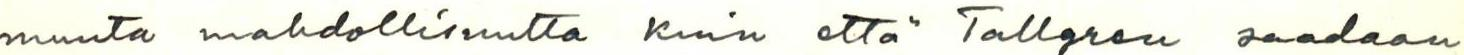
muuta mahdollisuutta kuin että Tallgren saadaan